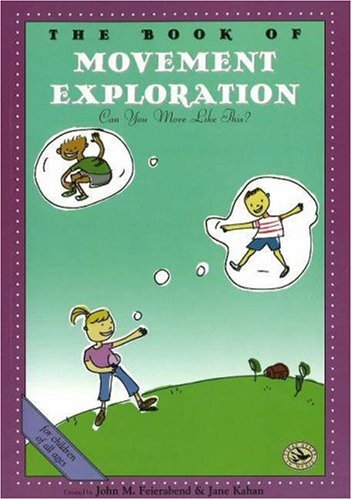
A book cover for The Book of Movement Exploration: Can You Move Like This? (First Steps in Music series); John M. Feierabend; Children's Books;